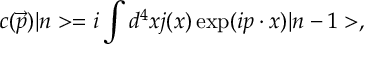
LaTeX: c ( \vec { p } ) | n > = i \int d ^ { 4 } x j ( x ) \exp ( i p \cdot x ) | n - 1 > ,